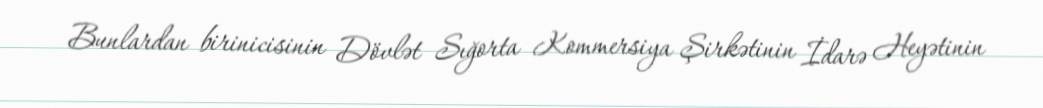
Bunlardan birinicisinin Dövlət Sığorta Kommersiya Şirkətinin İdarə Heyətinin